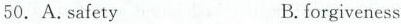
50. A.safety B.forgiveness